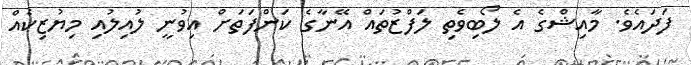
ފަދައެވެ. މާއިޝްގެ އެ ލޯބިވެތި ލަފްޒުތައް އޭނާގެ ކަންފަތަށް އިވުނީ ލުއިލުއި މިޔުޒިކެއް